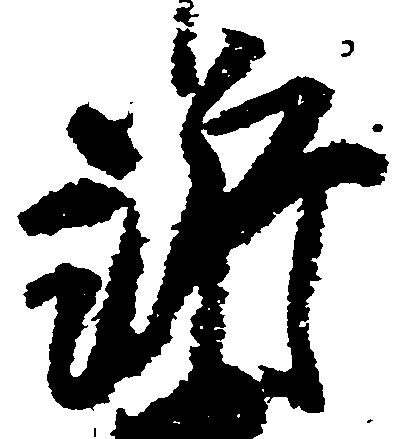
訴